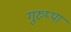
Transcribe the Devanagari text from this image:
गुरुप्पा